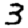
Digit: 3